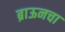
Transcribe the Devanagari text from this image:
ब्राऊनचा